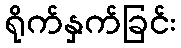
ရိုက်နှက်ခြင်း